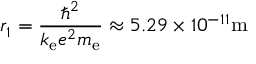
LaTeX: r _ { 1 } = { \frac { \hbar ^ { 2 } } { k _ { \mathrm { e } } e ^ { 2 } m _ { \mathrm { e } } } } \approx 5 . 2 9 \times 1 0 ^ { - 1 1 } \mathrm { m }